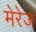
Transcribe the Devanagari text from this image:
मेरेज